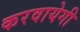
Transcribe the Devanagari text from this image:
करवायेगी